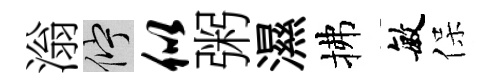
滃伫似粥濕拂敏保